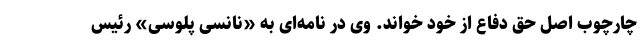
چارچوب اصل حق دفاع از خود خواند. وی در نامه‌ای به «نانسی پلوسی» رئیس